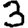
Digit: 3